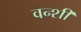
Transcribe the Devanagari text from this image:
वन्शी